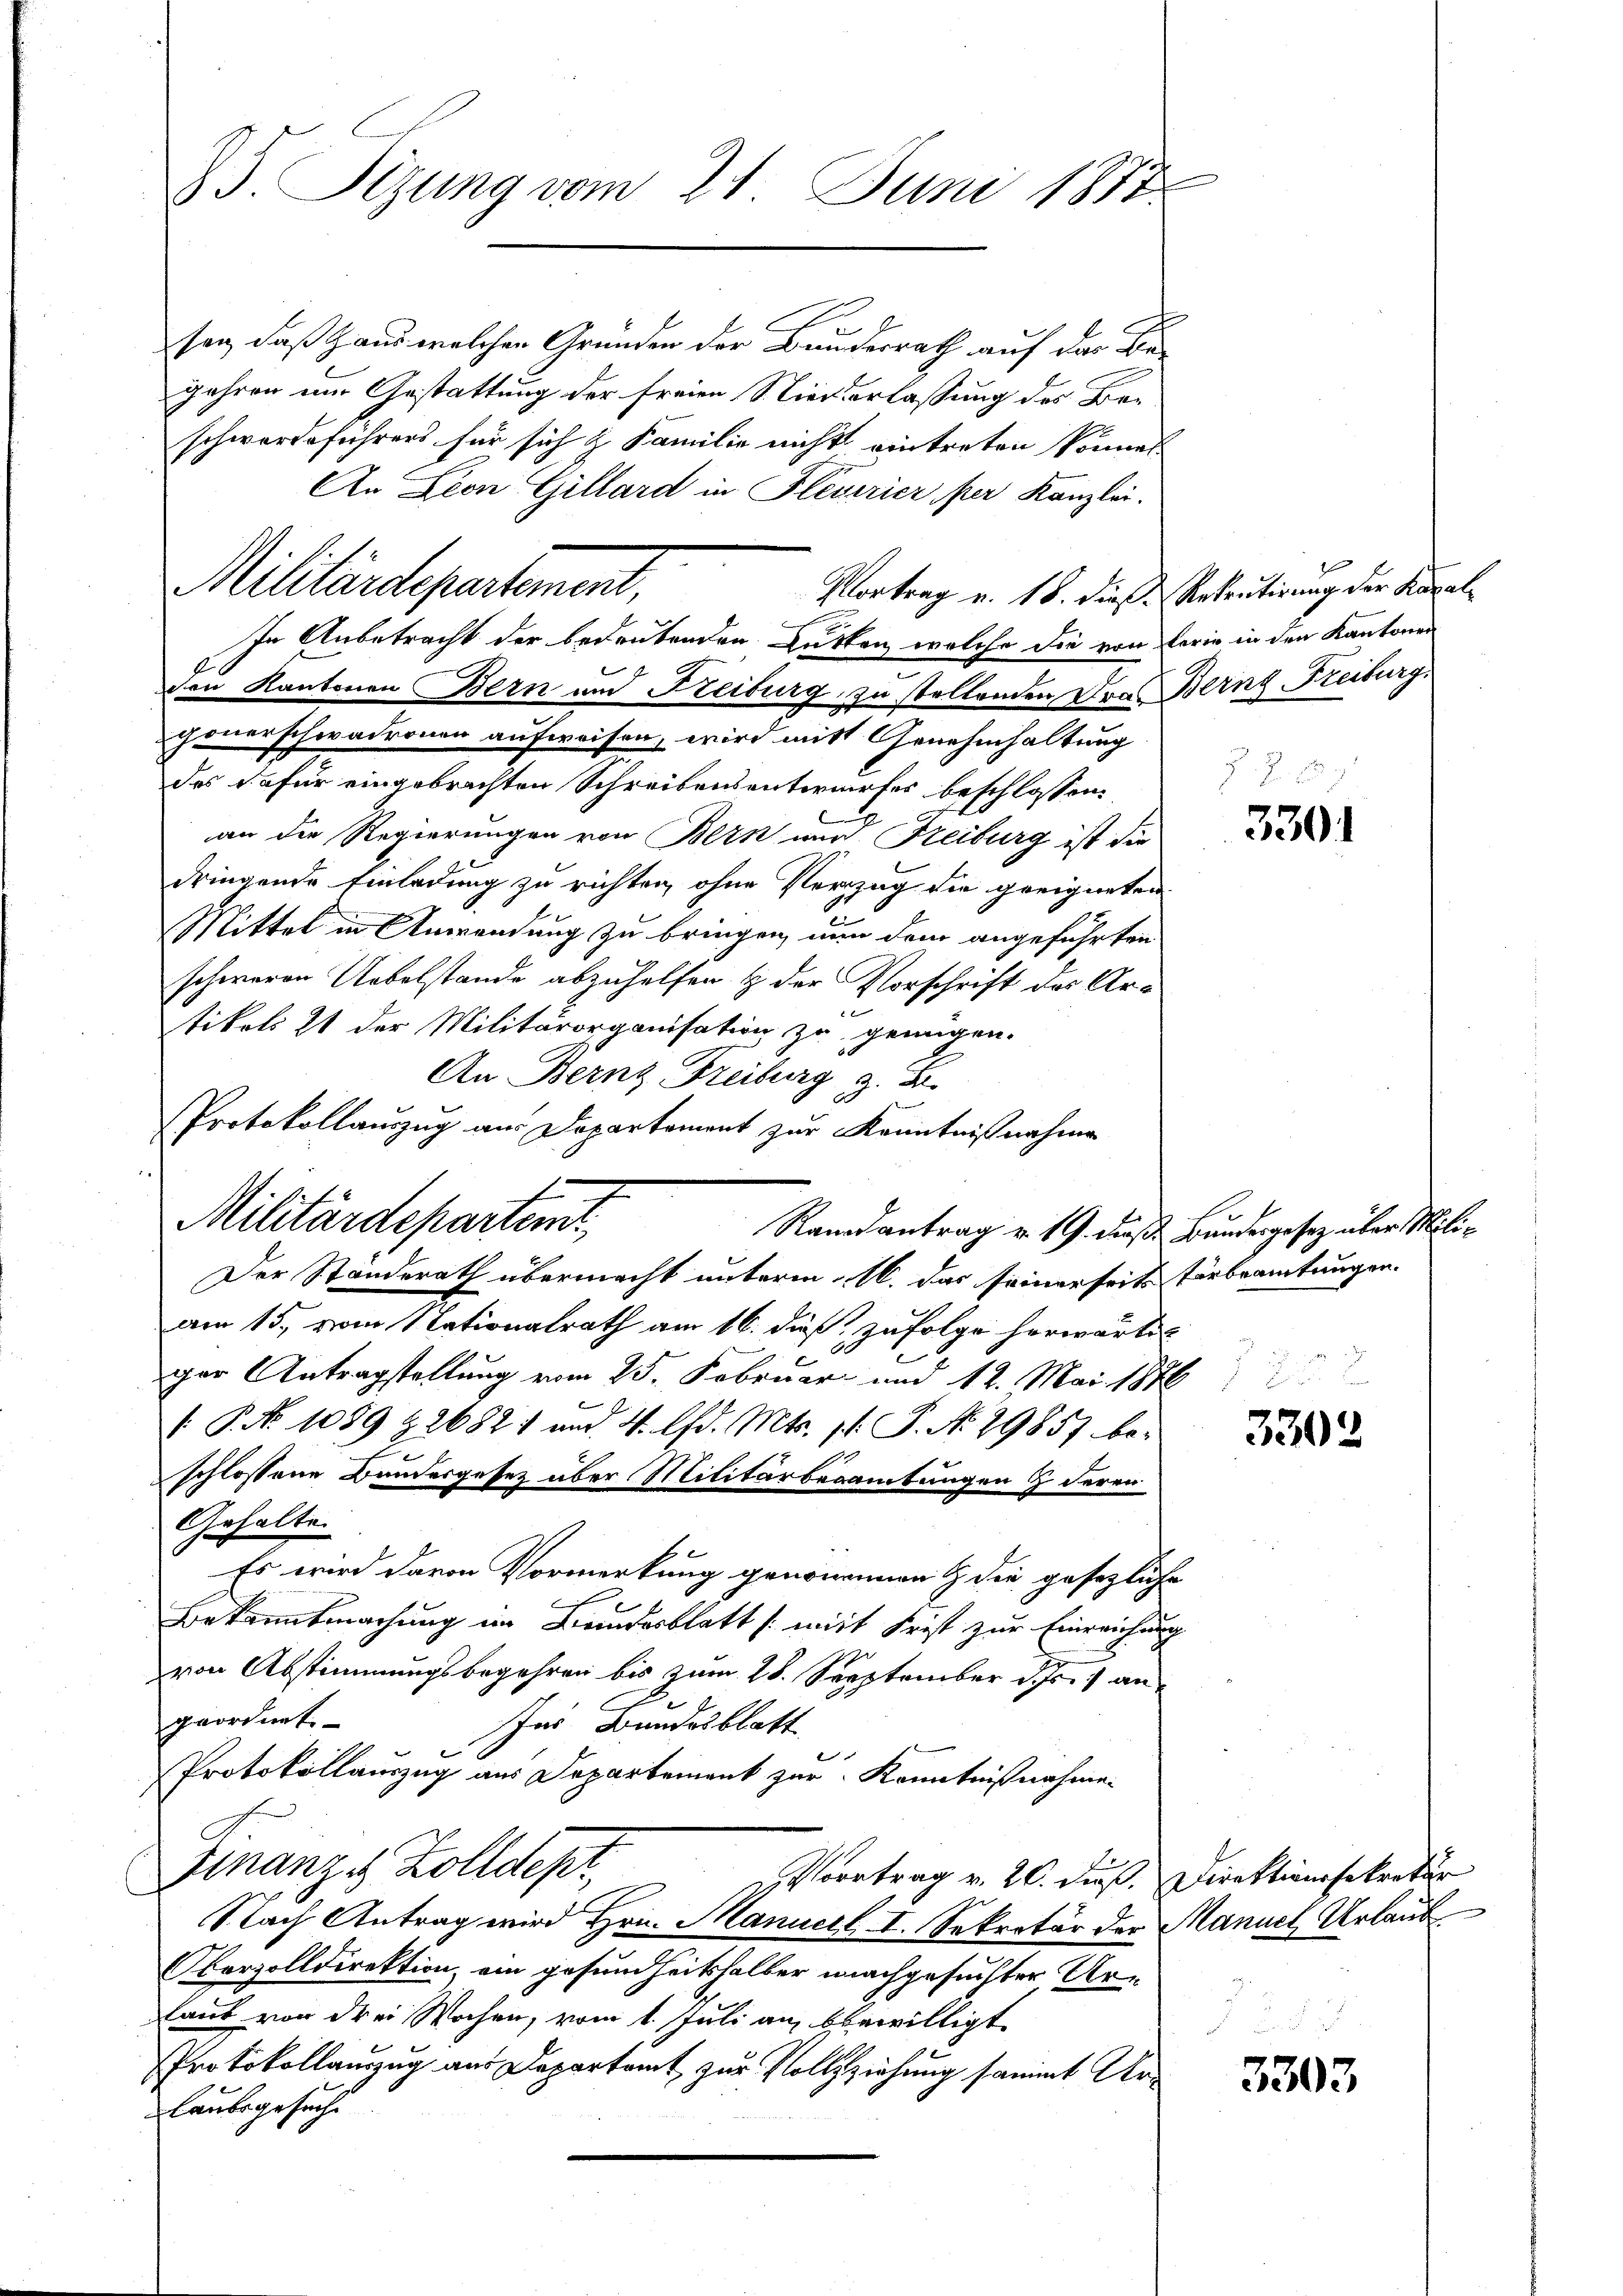
85. Sizung vom 21. Juni 1817

sen, daß Hans welchen Gründen der Bundesrath auf das Begehren eine Gestattung der freien Niederlassung des Beschwerdeführers für sich & Familie nicht eintreten können.
An Lien Gillard in Fleverier per Kanzlei.
Vortrag u. 18. dieß Rekrutirung der Karalden Kantonen Bern und Freiburg zu stellenden Dr Bern Freiburg.
gonerschwadronen aufweisen, wird mit Genehmhaltung
des dafür eingebrachten Schreibensentwurfes beschlossen:
an die Regierungen von Bern nur Freiburg ist die
dringende Einladung zu richten, ohne Verzug die geeigneten
Mittel in Anwendung zu bringen, nun dem angeführten
schweren Uebelstande abzuhelfen & der Vorschrift des Ar-
x
tikols 21 der Militärorganisation zu genügen.
Der Standerath übermacht unterm 16. das seinerseits Verbeamtungen.
am 15. vom Nationalrath am 16. dieß, zufolge herwärti-
ger Antragstellung vom 25. Februar und 12. Mai 1876
 P. No 1089 & 26821 und 4. lfd. Mts. 11. P. No. 29857 beschlossene Bandesgesetz über Militärbeamtungen & deren
Gehalte.
Es wird davon Vormerkung genommen & die gesezliche
Bekanntmachung im Beindesblatt (mit Frist zur Einreichung
von Abstimmungsbegehren bis zum 28. September d. Js. angeordnet.
Ins Bundesblatt
Protokollauszug aus Departement zur Kenntnißnahmen
do
Finanze Zolldept
Vortrag v. 20. dieß. Direktionssokratur
Nach Antrag wird Hrn. Manuell I. Sekretär der Manuel Urlaub
Okerzolldirektion ein gesundheitshalber nachgesuchter Ur-
laut von drei Wochen, vom 1. Juli an bewilligt
Protokollauszug aus Departamt zur Vollziehung sammt Urlaubsgesuch

Militärdepartement,

An Bernz Freiburg z. B.
Protokollauszug aus Departement zur Kenntnißnahme
Militärdepartend

In Anbetracht der bedeutenden Gurken, welche die von Ferie in den Kantonen

Randantrag v. 19. dieß Bundesgesetz über Mili¬

Z. 7

3301

3302

3303